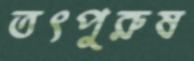
তৎপুরুষ